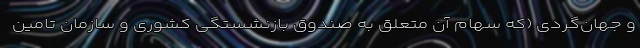
و جهان‌گردی (که سهام آن متعلق به صندوق بازنشستگی کشوری و سازمان تامین